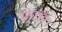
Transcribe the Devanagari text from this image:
स्पॉल